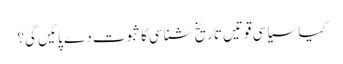
کیا سیاسی قوتیں تاریخ شناسی کا ثبوت دے پائیں گی؟